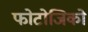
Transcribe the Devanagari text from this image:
फोटोजिको